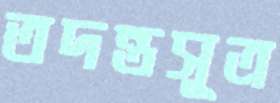
তদন্তসূত্র